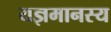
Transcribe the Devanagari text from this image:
यज्ञमानस्य